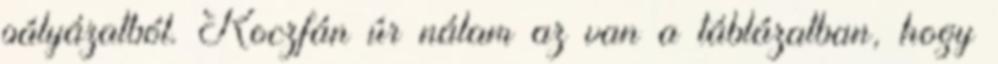
pályázatból. Koczfán úr nálam az van a táblázatban, hogy